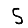
Digit: 5